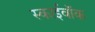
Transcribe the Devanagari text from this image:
स्काईवॉक